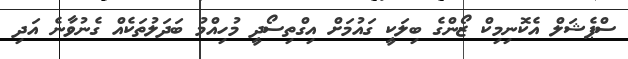
ސްޕެޝަލް އެކޮނިމިކް ޒޯންގެ ބިލަކީ ގައުމަށް އިގްތިސޯދީ މުހިއްމު ބަދަލުތަކެއް ގެނުވާނެ އަދި